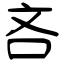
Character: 吝